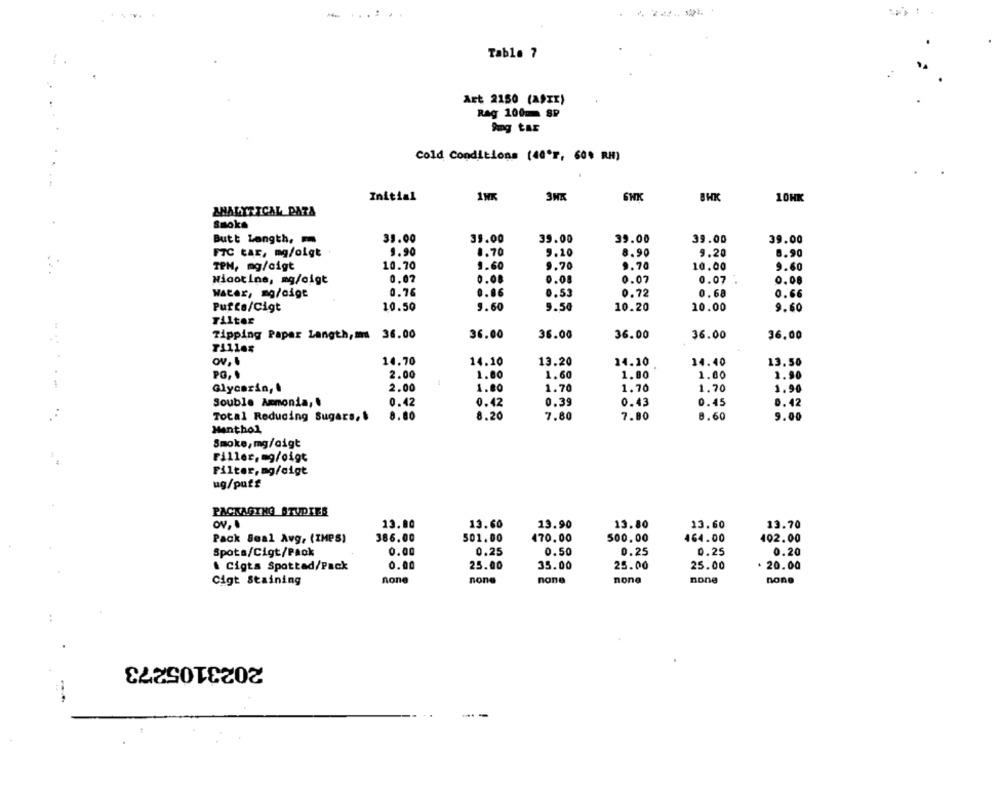
Table ?
Art 2150 (A)xx)
Rag 100 SP
Cold Conditions (40'r, 60% RH)
Initial
1WK
6HK
BHK
10HK
ANALYTICAL DATA
Smoke
39.00
33.00
39.00
39.00
Butt Langth,
39.00
39.00
FTC CAE, mg/olgt
9.90
8.70
9.10
8.90
9.20
8.90
TPM, mg/cigt
10.70
9.60
9.70
9.70
10.00
9.60
0.07
Nicotine, mg/oigt
0.08
0.08
0.07
0.07
0.08
Water, mg/cigt
0.76
0.06
0.53
0.72
0.68
0.66
Puffe/Cigt
10.50
9.60
9.50
10.20
10.00
9.60
Filter
Tipping Paper Langth,ma 36.00
36.00
36.00
36.00
36.00
36.00
....
ov,
14.70
14.10
13.20
14.10
14.40
13.50
PO,
2.00
1.00
1.60
1.00
1.00
1.90
Glycerin, .
2.00
1.80
1.70
1.70
1.70
1.90
Souble Ammonia,
0.42
0.42
0.39
0.43
0.45
0.42
Total Reducing Sugars,
8.80
8.20
7.80
7.80
8.60
9.00
Menthol
Smoke, mg/aigt
Filler, mg/oigt
Filter, mg/cigt
ug/puts
PACKAGING STUDIER
13.80
13.60
13.90
13.80
13.60
13.70
Pack Seal Avg, (IMPS)
386.00
501.00
470.00
500.00
464.00
402.00
Spots/Cigt/Pack
0.00
0.25
0.50
0.25
0.25
0.20
. Cigta Spotted/Pack
0.00
25.00
35.00
25.00
25.00
. 20.00
Cigt Staining
none
none
none
none
none
none
2023105273